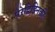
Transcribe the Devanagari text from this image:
पेरेद्विझ्निकी